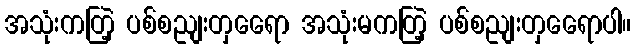
အသုံးကတြဲ့ ပစ်စညျးတှရေော အသုံးမကတြဲ့ ပစ်စညျးတှရေောပါ။